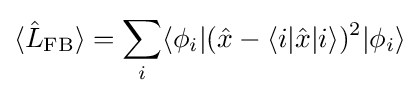
\langle {\hat {L}}_{\text{FB}}\rangle =\sum _{i}\langle \phi _{i}|({\hat {x}}-\langle i|{\hat {x}}|i\rangle )^{2}|\phi _{i}\rangle